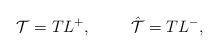
LaTeX: \begin{align*}{\cal T} = TL^{+}, \hskip 1cm \hat {\cal T} = TL^{-},\end{align*}